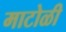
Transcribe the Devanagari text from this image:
माटोळी